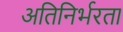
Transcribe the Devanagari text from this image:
अतिनिर्भरता